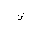
Letter: _shin